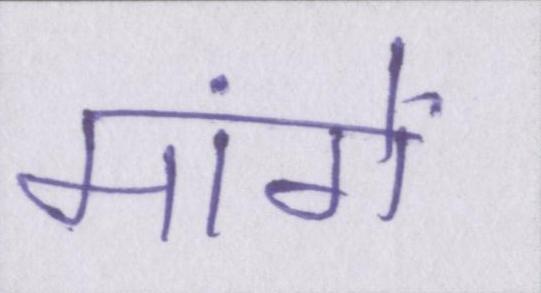
मांगें